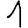
Digit: 1